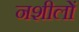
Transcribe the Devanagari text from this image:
नशीलों